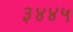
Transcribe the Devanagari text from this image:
३४४५